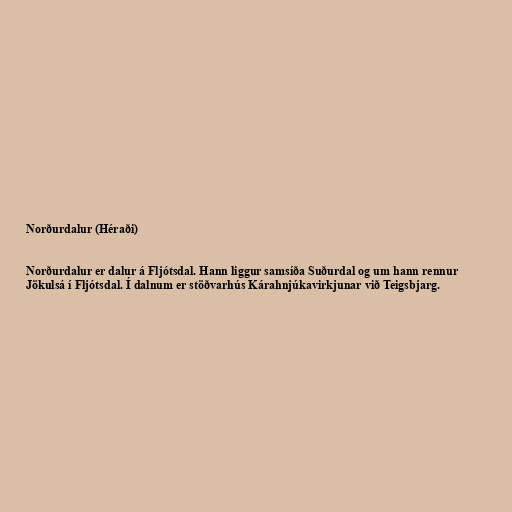
Norðurdalur (Héraði)

Norðurdalur er dalur á Fljótsdal. Hann liggur samsíða Suðurdal og um hann rennur
Jökulsá í Fljótsdal. Í dalnum er stöðvarhús Kárahnjúkavirkjunar við Teigsbjarg.